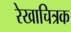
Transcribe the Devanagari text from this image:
रेखाचित्रक